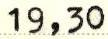
19,30